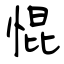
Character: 惃